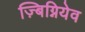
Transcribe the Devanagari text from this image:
ज़्बिग्नियेव